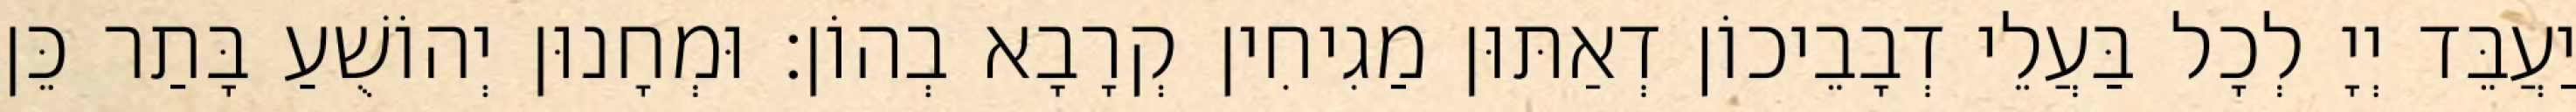
יַעֲבֵּד יְיָ לְכָל בַּעֲלֵי דְבָבֵיכוֹן דְאַתּוּן מַגִיחִין קְרָבָא בְהוֹן׃ וּמְחָנוּן יְהוֹשֻׁעַ בָּתַר כֵּן